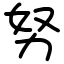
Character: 努